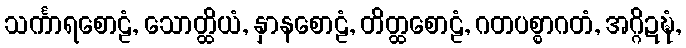
သင်္ကာရစောဠံ, သောတ္ထိယံ, နှာနစောဠံ, တိတ္ထစောဠံ, ဂတပစ္စာဂတံ, အဂ္ဂိဍဍ္ဎံ,